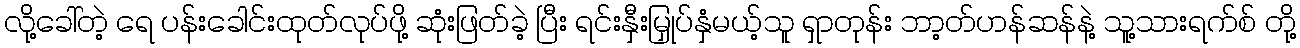
လို့ခေါ်တဲ့ ရေ ပန်းခေါင်းထုတ်လုပ်ဖို့ ဆုံးဖြတ်ခဲ့ ပြီး ရင်းနှီးမြှုပ်နှံမယ့်သူ ရှာတုန်း ဘာ့တ်ဟန်ဆန်နဲ့ သူ့သားရက်စ် တို့